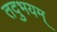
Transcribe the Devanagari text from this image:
तदुभयम्